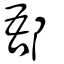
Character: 郚